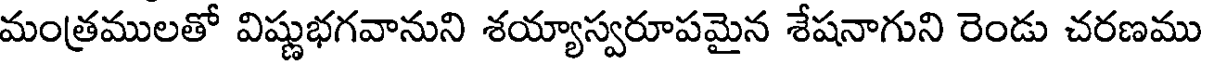
మంత్రములతో విష్ణుభగవానుని శయ్యాస్వరూపమైన శేషనాగుని రెండు చరణము